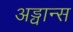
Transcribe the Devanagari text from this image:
अड्वान्स